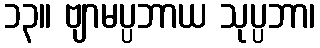
၁၃။ ဗျာမပ္ပဘာယ သုပ္ပဘာ၊